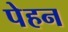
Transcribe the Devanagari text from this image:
पेहन